system: You are a helpful assistant.
user:
Analyze the provided spectrum to determine if it is a **M-type Giant (gM)**.

A M-type Giant spectrum is defined by its **strong molecular absorption** features, particularly from **Titanium Oxide (TiO)**. You must check for one of the following mutually exclusive signatures:

- **Key Visual Indicators (Absorption-Dominated Spectrum):**

    - **(Primary):** The spectrum is dominated by strong molecular absorption from **Titanium Oxide (TiO)**. This is the **defining feature** of its M-type temperature class.
        - **(Key Bandheads):** Look for sharp, "saw-tooth" absorption valleys. The strongest are located near **~7050 Å**, **~6160 Å**, and **~5170 Å**.
        - **(Line Profile):** The "saw-tooth" morphology is critical: a **sharp, steep drop on the BLUE (short-wavelength) side** of the bandhead, followed by a gradual recovery (rising flux) towards the RED (long-wavelength) side.

    - **(Key Confirmation - Giant vs. Dwarf):** **ABSENCE** of strong **Calcium Hydride (CaH)** molecular bands. This is the primary diagnostic for *excluding* M-dwarfs.
        - **(Key Region):** The spectrum should lack the strong, broad absorption band seen in dwarfs between **~6800 Å and ~7000 Å**.

    - **(Secondary Confirmation - Giant):** A very strong and broad **Neutral Calcium (Ca I)** atomic absorption line.
        - **(Key Line):** Located at **~4226 Å**. In a giant (gM), this line is significantly deeper and broader than the same line in an M-dwarf (dM) due to low surface gravity.

    - **(Overall Spectrum):**
        - The continuum is **extremely red-sloping** (i.e., flux is very low in the blue and rises dramatically towards the red).
        - The entire spectrum appears "chopped up" by the deep TiO bands.

Think first, call **spectral_visualization_tool** if needed to examine features in detail, then provide your final answer. Your response must adhere to the following strict rules:
1.  **Overall Structure:** Your response must follow the format `<think>...</think> <tool_call>...</tool_call> (if a tool is used) <answer>...</answer>`.
2.  **Tool Usage Constraint:** You may only make **one** tool call per turn.
3.  **Final Answer Format:** In the `<answer>` tag, your conclusion must be inside a `\boxed{}` command (e.g., `\boxed{YES}` or `\boxed{NO}`), followed by your justification.

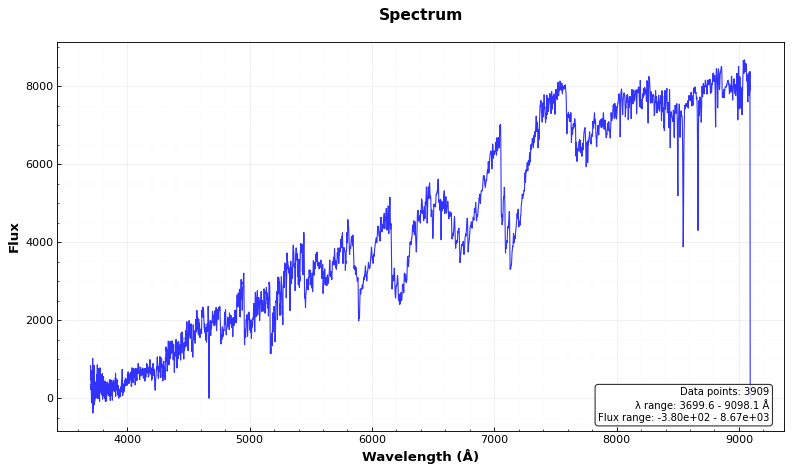
Answer: YES